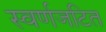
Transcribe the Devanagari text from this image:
स्वर्णजटित